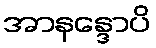
အာနန္ဒောပိ